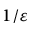
1 / \varepsilon